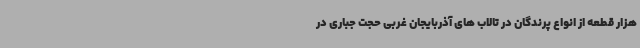
هزار قطعه از انواع پرندگان در تالاب های آذربایجان غربی حجت جباری در